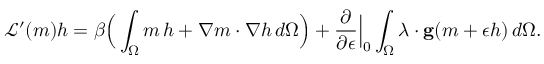
\mathcal { L } ^ { \prime } ( m ) h = \beta \Big ( \int _ { \Omega } m \, h + \nabla m \cdot \nabla h \, d \Omega \Big ) + \frac { \partial } { \partial \epsilon } \Big \rvert _ { 0 } \int _ { \Omega } \boldsymbol { \lambda } \cdot \mathbf { g } ( m + \epsilon h ) \, d \Omega .